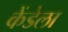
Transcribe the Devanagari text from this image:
केंडेला